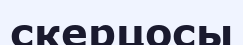
скерцосы